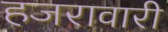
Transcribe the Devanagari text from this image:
हजरावारी